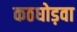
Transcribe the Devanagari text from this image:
कठघोड़वा